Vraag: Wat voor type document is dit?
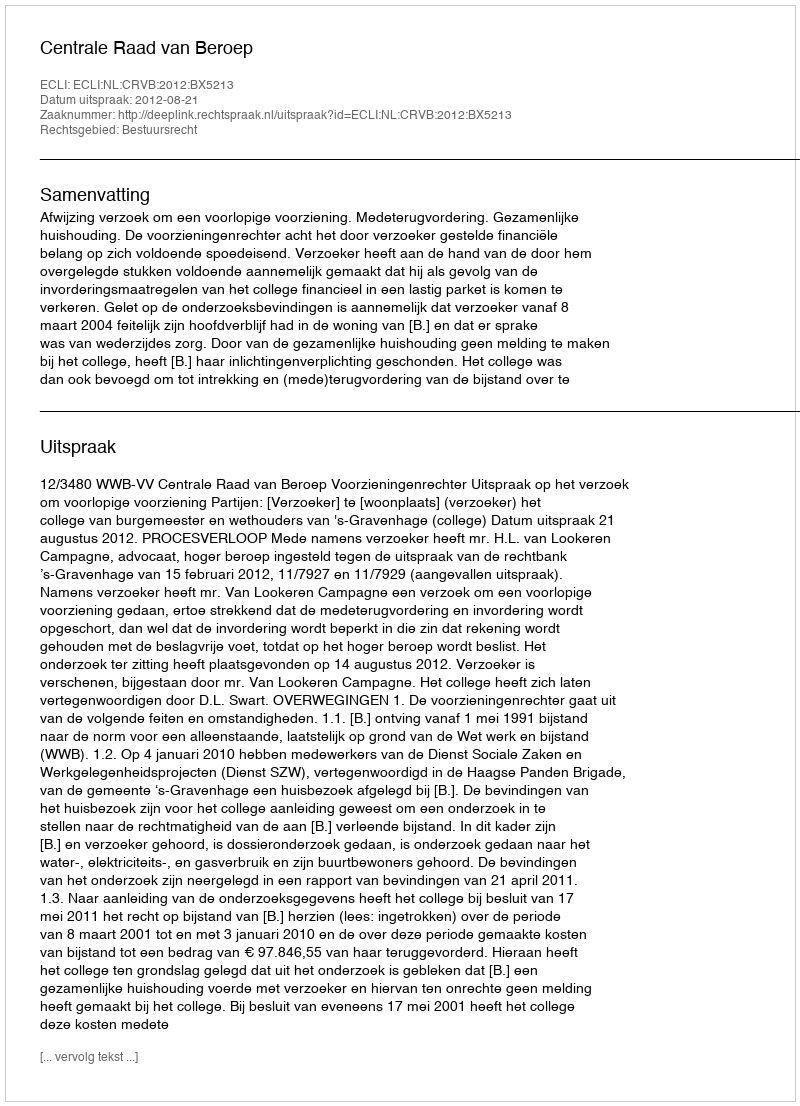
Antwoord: Uitspraak